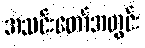
အသင်းတော်အတွင်း